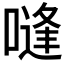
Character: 𰈨